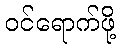
ဝင်ရောက်ဖို့